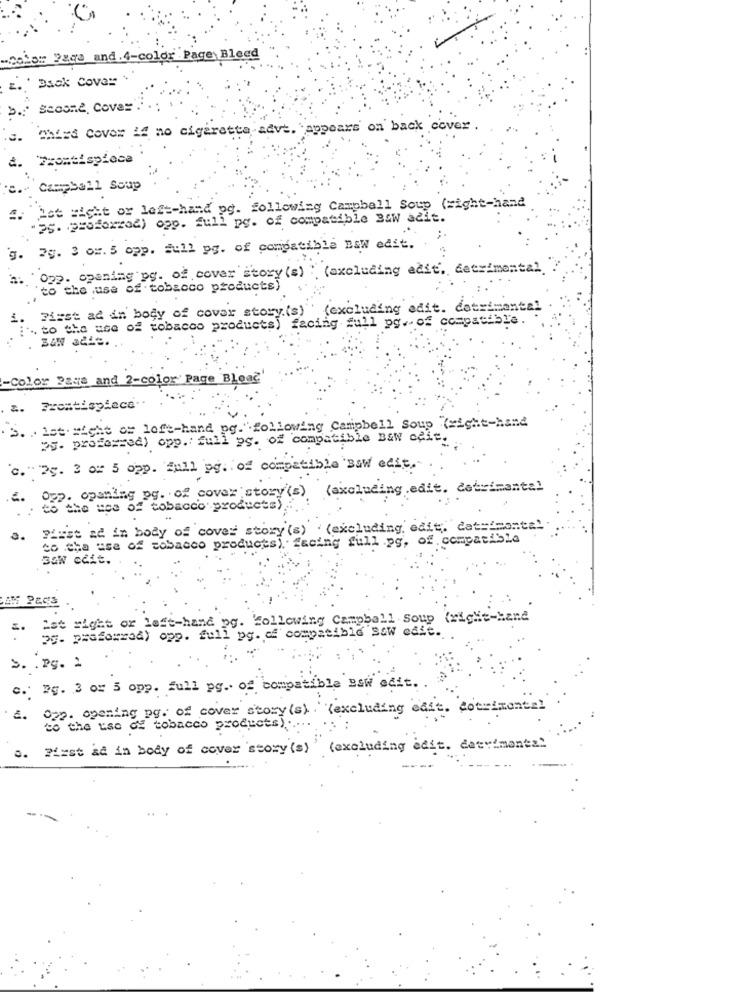
tom ygga and.4-color Page: Bleed
Back Cover
2.
Scosně, Covas .'
Third cover i" no cigarette adva. "appears on back cover
2.
*Frontispiece
:s. Campbell Scap
4. Lot right or left-hand pg. following Campbell Soup (right-hand
"25. proforral) ogp. full pg. of compatible BAW adit.
;-
g. 7g. 3 oz. 5 opp. full pg. of compatible BEW edit ..
Osp. opening og. of cover story(s) " (excluding edit, detrimental.
to the use of tobacco products)
First ad in body of cover story.(s)
(excluding adit. detrimental
. to the use of tobacco products) facing full pgr of compatible
-Color Page and 2-color Page Bload
2.
Frontispiece
>. . Ist sieht or left-hand pg."following Campbell Soup (right-hand
23. professed) opp .: full ps. of compatible BEN ceit.
c." >5. 3 or 5 opp. full pg. of compatible Baw edit."
Opp. opening pg. of cover story(s) (excluding edit. dobuimental
.2.
to the use of tobacco products)
plust ad in body of cover story (s) . (excluding edit, dateimontal
3.
to the use of tobacco products). facing full .pg, of. compatible
Baw ceit.
let sight or left-hand pg. "following Campbell Soup
5.
58. praforzad) opp. full pg. of compatible saw edie.
>. . Pg. 2
c. Eg. 3 or 5 opp. full pg .. of compatible BaW edit.
Opp. opening pq. of cover story (s). (excluding case. com
£.
to the use of tobacco products).
First ad in body of cover story(s)' (excluding adit. detvimanta
..